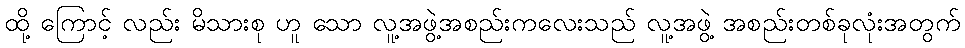
ထို့ ကြောင့် လည်း မိသားစု ဟူ သော လူ့အဖွဲ့အစည်းကလေးသည် လူ့အဖွဲ့ အစည်းတစ်ခုလုံးအတွက်